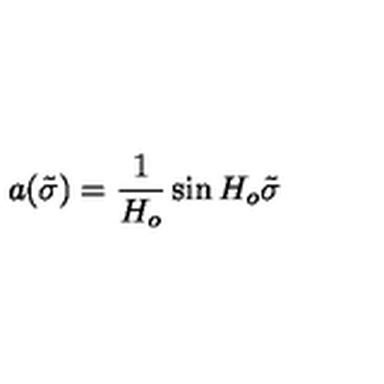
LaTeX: a ( \tilde { \sigma } ) = \frac { 1 } { H _ { o } } \sin H _ { o } \tilde { \sigma }